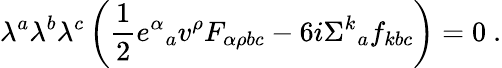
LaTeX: \lambda^{a}\lambda^{b}\lambda^{c}\left(\frac{1}{2}e^{\alpha}{}_{a}v^{\rho}F_{\alpha\rho bc}-6i\Sigma^{k}{}_{a}f_{kbc}\right)=0\ .